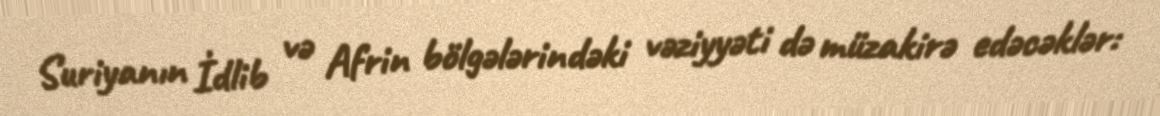
Suriyanın İdlib və Afrin bölgələrindəki vəziyyəti də müzakirə edəcəklər: